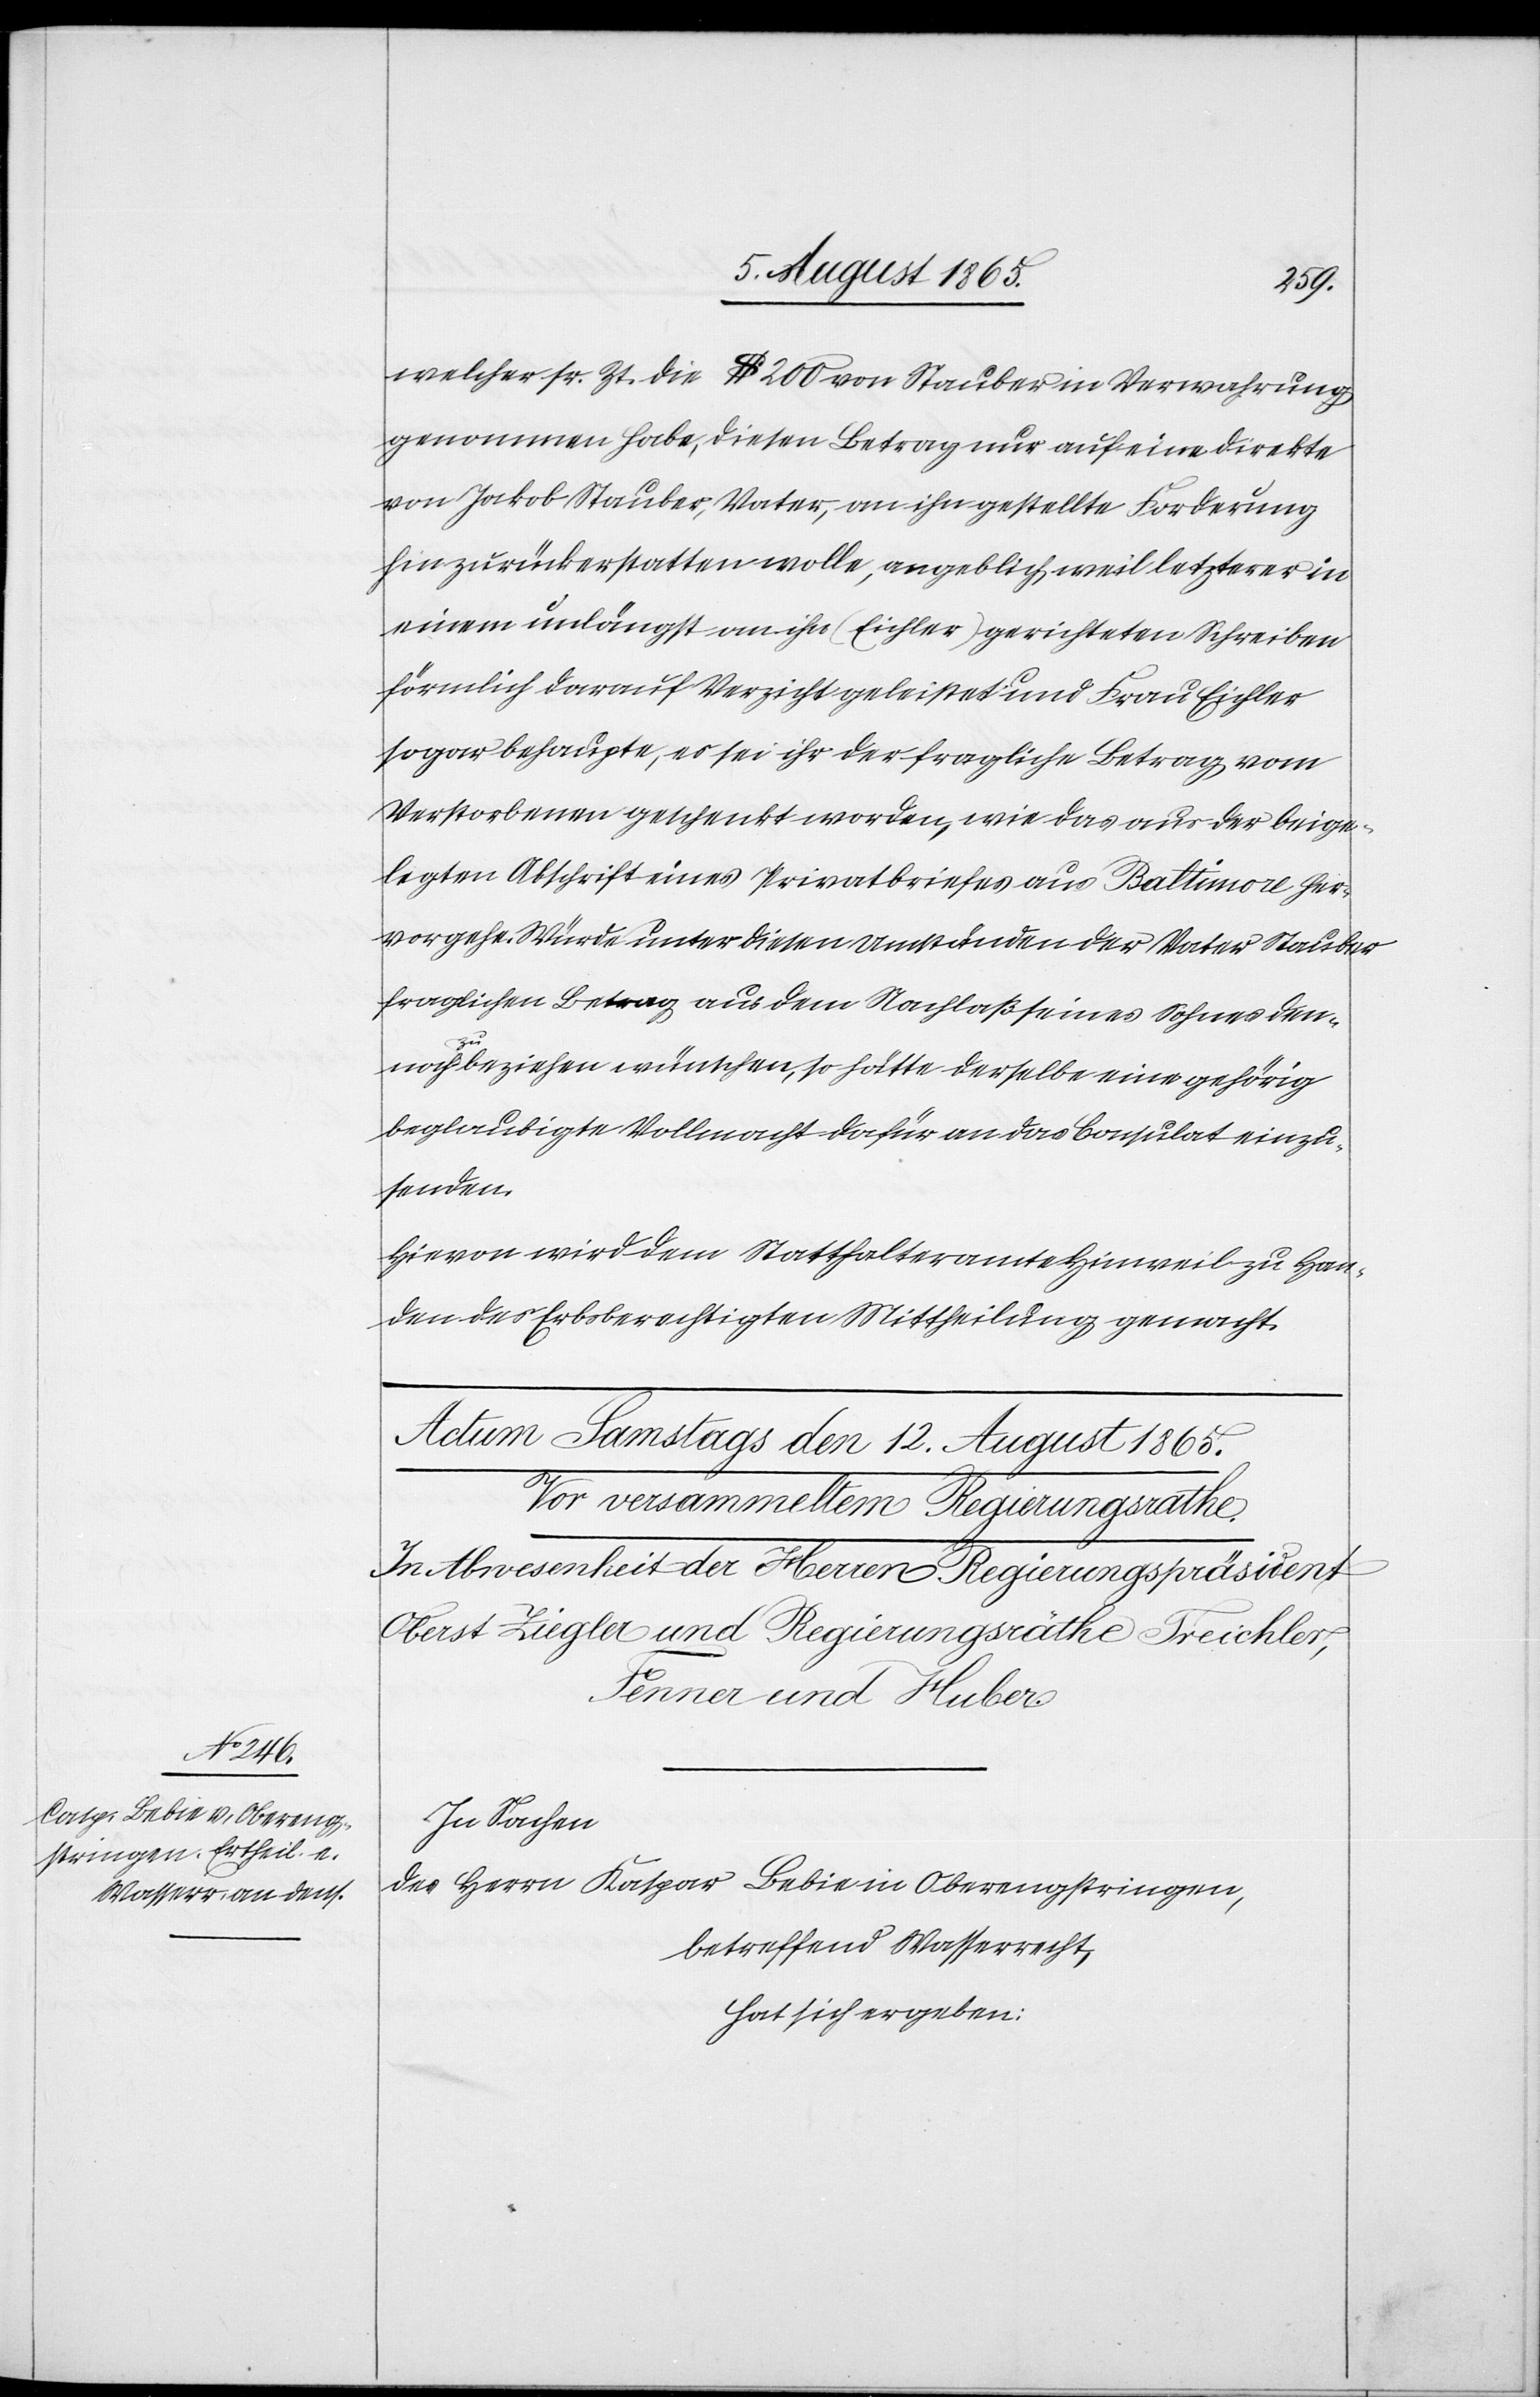
welcher sr. Zt. die $ 200 von Stauber in Verwahrung
genommen habe, diesen Betrag nur auf eine direkte
von Jakob Stauber, Vater, an ihn gestellte Forderung
hin zurückerstatten wolle, angeblich weil letzterer in
einem unlängst an ihn (Eichler) gerichteten Schreiben
förmlich darauf Verzicht geleistet und Frau Eichler
sogar behaupte, es sei ihr der fragliche Betrag vom
Verstorbenen geschenkt worden, wie das aus der beige¬
legten Abschrift eines Privatbriefes aus Baltimore her¬
vorgehe. Würde unter diesen Umständen der Vater Stauber
fraglichen Betrag aus dem Nachlaß seines Sohnes den¬
noch zu beziehen wünschen, so hätte derselbe eine gehörig
beglaubigte Vollmacht dafür an das Consulat einzu¬
senden.
Hievon wird dem Statthalteramte Hinweil zu Han¬
den des Erbsberechtigten Mittheilung gemacht.
In Sachen
des Herrn Kaspar Bebie in Oberengstringen,
betreffend Wasserrecht,
hat sich ergeben: